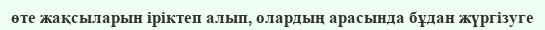
өте жақсыларын іріктеп алып, олардың арасында бұдан жүргізуге